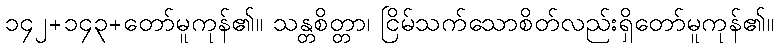
၁၄၂+၁၄၃+တော်မူကုန်၏။ သန္တစိတ္တာ၊ ငြိမ်သက်သောစိတ်လည်းရှိတော်မူကုန်၏။